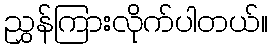
ညွှန်ကြားလိုက်ပါတယ်။